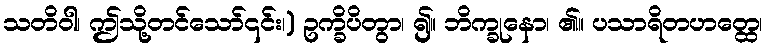
သတိဝါ၊ ဤသို့တင်သော်၎င်း၊) ဥက္ခိပိတွာ၊ ၍။ ဘိက္ခုနော၊ ၏။ ပသာရိတဟတ္ထေ၊